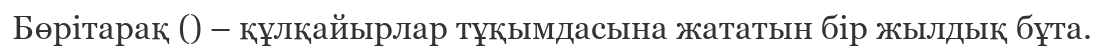
Бөрітарақ () – құлқайырлар тұқымдасына жататын бір жылдық бұта.